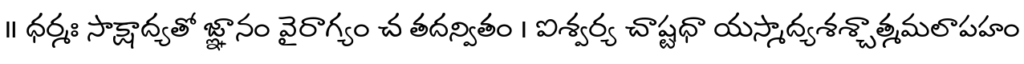
॥ ధర్మః సాక్షాద్యతో జ్ఞానం వైరాగ్యం చ తదన్వితం । ఐశ్వర్య చాష్టధా యస్మాద్యశశ్చాత్మమలాపహం